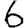
Digit: 6